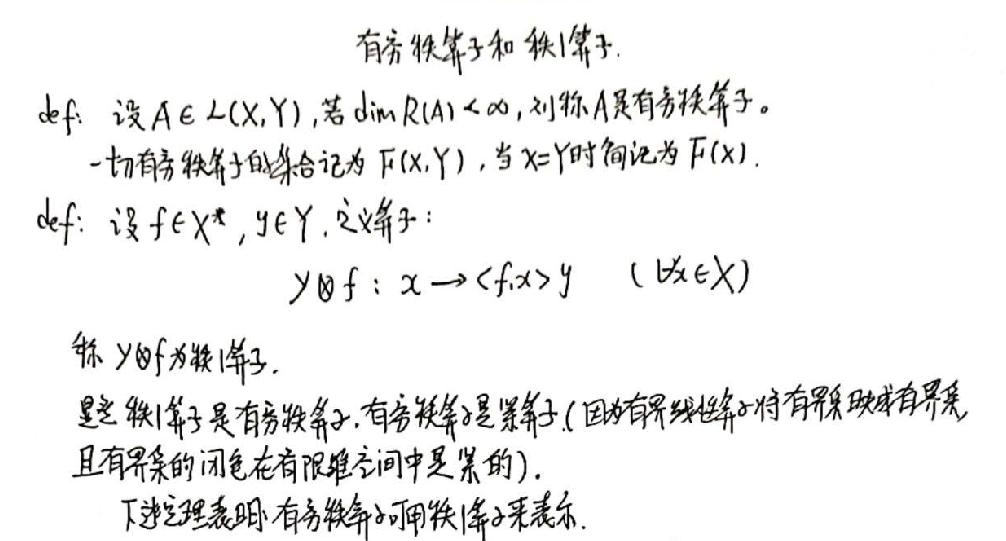
有穷秩算子和秩1算子.
def: 设$A\in L(X,Y)$, 若$\dim R(A)<\infty$, 则称$A$是有穷秩算子。
一切有穷秩算子的集合记为$F(X,Y)$, 当$X = Y$时简记为$F(X)$.
def: 设$f\in X^{*},y\in Y$, 定义算子:
$y\otimes f:x\to\langle f,x\rangle y\ \ (\forall x\in X)$
称$y\otimes f$为秩1算子.
显然秩1算子是有穷秩算子. 有穷秩算子是紧算子(因为有界线性算子将有界集映成有界集, 且有界集的闭包在有限维空间中是紧的).
下述定理表明, 有穷秩算子可用秩1算子来表示.